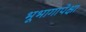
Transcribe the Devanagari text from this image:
भूभागापेक्षा